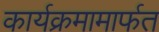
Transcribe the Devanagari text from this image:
कार्यक्रमामार्फत